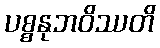
ပစ္စနုဘဝိဿတိ